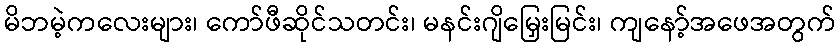
မိဘမဲ့ကလေးများ၊ ကော်ဖီဆိုင်သတင်း၊ မနင်းဂျိမြှေးမြင်း၊ ကျနော့်အဖေအတွက်